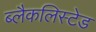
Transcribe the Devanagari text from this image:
ब्लैकलिस्टेड